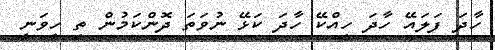
ހާދަ ފަލައޭ ހާދަ ހިއްކޭ ހާދަ ކަޅޭ ނުވަތަ ދޮންކަމުން ތި ހީވަނީ